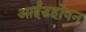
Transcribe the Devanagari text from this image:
आईंडहोवन